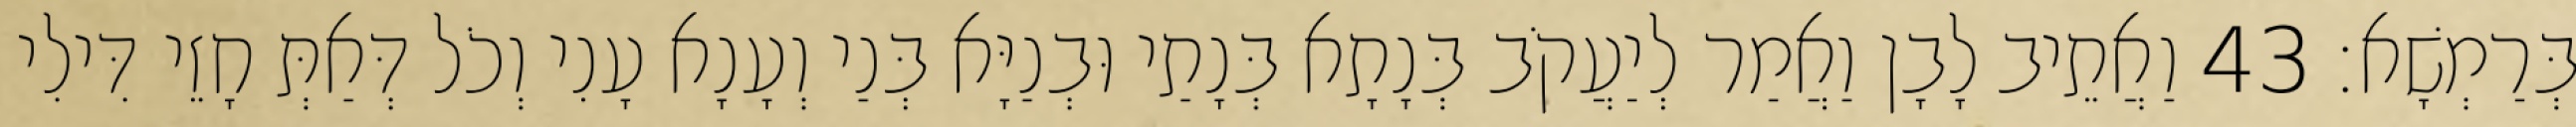
בְּרַמְשָׁא׃ 43 וַאֲתֵיב לָבָן וַאֲמַר לְיַעֲקֹב בְּנָתָא בְּנָתַי וּבְנַיָּא בְּנַי וְעָנָא עָנִי וְכֹל דְּאַתְּ חָזֵי דִּילִי